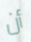
أن